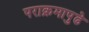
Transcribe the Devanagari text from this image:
पराक्रमापुढे